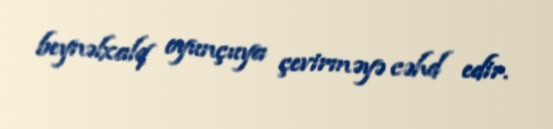
beynəlxalq oyunçuya çevirməyə cəhd edir.